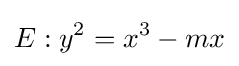
E:y^{2}=x^{3}-mx